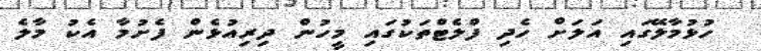
ހުޅުމާލޭގައި އަލަށް ހެދި ފްލެޓްތަކުގައި މީހުން ދިރިއުޅެން ފެށުމާ އެކު މާލެ